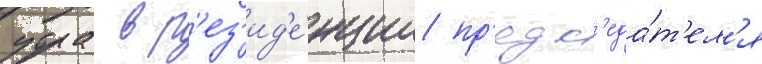
утра в р'ез'ид'е́нции пр'едс'еда́т'ел'я